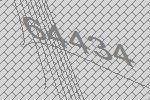
64434